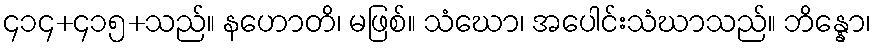
၄၁၄+၄၁၅+သည်။ နဟောတိ၊ မဖြစ်။ သံဃော၊ အပေါင်းသံဃာသည်။ ဘိန္နော၊